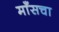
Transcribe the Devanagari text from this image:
माँसचा